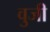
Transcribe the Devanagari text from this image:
वुजी